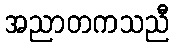
အညာတကသညီ